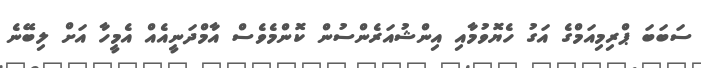
ސަބަބަ ޕްރިމިއަމްގެ އަގު ހެޔޮވުމާއި އިންޝުއަރެންސުން ކޮންމެވެސް އާމްދަނީއެއް އެމީހާ އަށް ލިބޭނެ